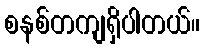
စနစ်တကျရှိပါတယ်။